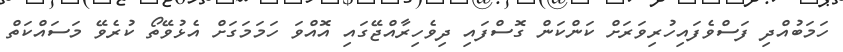
ހަމަބުއްދި ފަސްވެފައިހުރިވަރަށް ކަންކަން ގޮސްފައި ދިވެހިރާއްޖޭގައި އޮއްވަ ހަމަމަގަށް އެޅުވޭތޯ ކުރެވޭ މަސައްކަތް